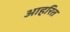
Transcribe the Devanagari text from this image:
आहरित